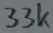
Text: 33k